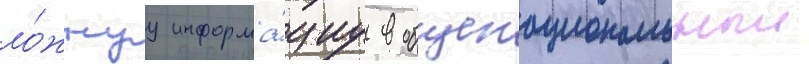
ло́жнуу информа́циу в общенациональныи